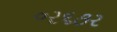
૦ર૬૭ર